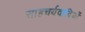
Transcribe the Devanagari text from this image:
साहचर्यवादियों